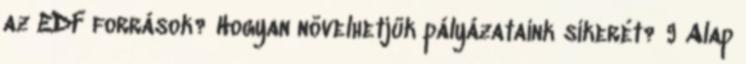
az EDF források? Hogyan növelhetjük pályázataink sikerét? 9 Alap